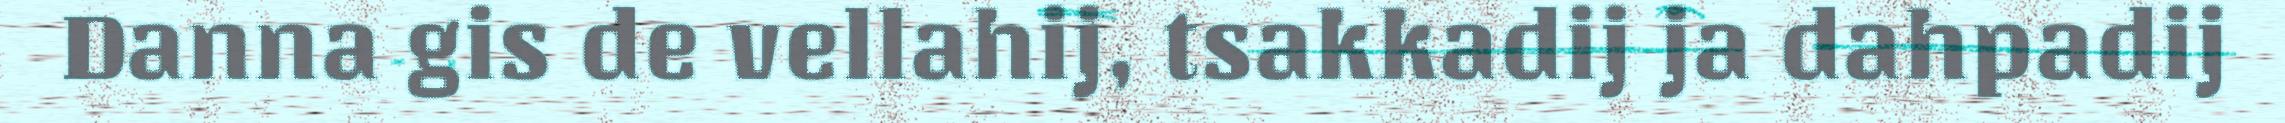
Danna gis de vellahij, tsakkadij ja dahpadij